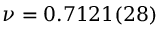
\nu = 0 . 7 1 2 1 ( 2 8 )